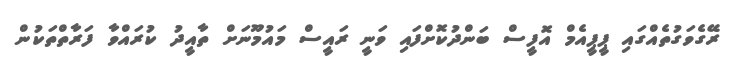
ރޭގެވަގުތެއްގައި ޕީޕީއެމް އޮފީސް ބަންދުކޮށްފައި ވަނީ ރައީސް މައުމޫނަށް ތާއީދު ކުރައްވާ ފަރާތްތަކުން